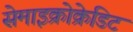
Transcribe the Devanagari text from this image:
सेमाइक्रोक्रेडिट